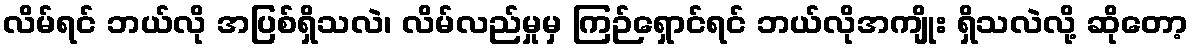
လိမ်ရင် ဘယ်လို အပြစ်ရှိသလဲ၊ လိမ်လည်မှုမှ ကြဉ်ရှောင်ရင် ဘယ်လိုအကျိုး ရှိသလဲလို့ ဆိုတော့